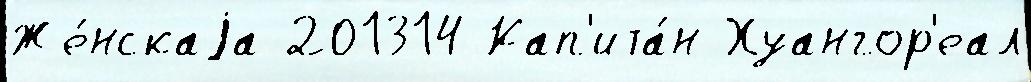
Же́нскаjа 201314 Кап'ита́н Хуангор'еал